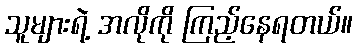
သူများရဲ့ အလိုကို ကြည့်နေရတယ်။